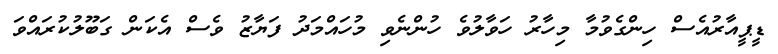
ޑީޕީއާރުއެސް ހިންގެވުމާ މިހާރު ހަވާލުވެ ހުންނެވި މުހައްމަދު ފަޔާޒު ވެސް އެކަން ގަބޫލުކުރައްވަ